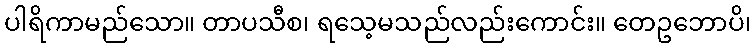
ပါရိကာမည်သော။ တာပသီစ၊ ရသေ့မသည်လည်းကောင်း။ တေဥဘောပိ၊